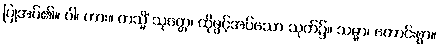
ပြုအပ်၏။ ဝါ၊ ကား။ တသ္မိံ သုတ္တေ၊ ထိုဖွင့်အပ်သော သုတ်၌။ သမ္မာ၊ ကောင်းစွာ။